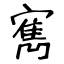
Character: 寯